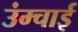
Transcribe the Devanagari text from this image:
उंम्चाई